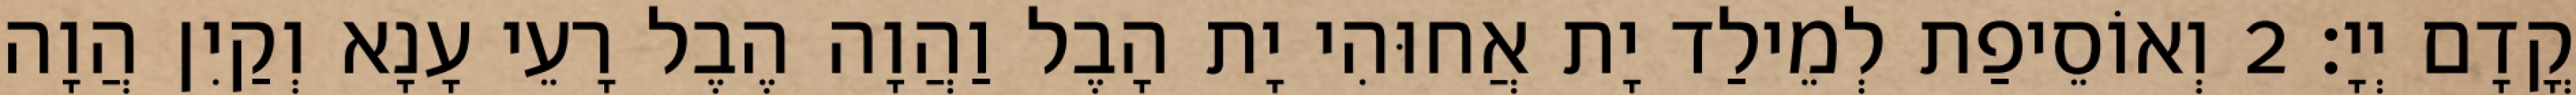
קֳדָם יְיָ׃ 2 וְאוֹסֵיפַת לְמֵילַד יָת אֲחוּהִי יָת הָבֶל וַהֲוָה הֶבֶל רָעֵי עָנָא וְקַיִן הֲוָה